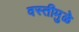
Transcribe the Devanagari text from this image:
वस्तीमुळे